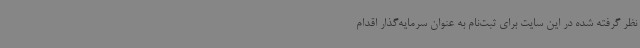
نظر گرفته شده در این سایت برای ثبت‌نام به عنوان سرمایه‌گذار اقدام